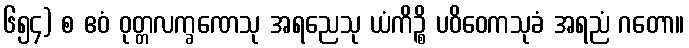
၆၅၄) စ ဧဝံ ဝုတ္တလက္ခဏေသု အရညေသု ယံကိဉ္စိ ပဝိဝေကသုခံ အရညံ ဂတော။